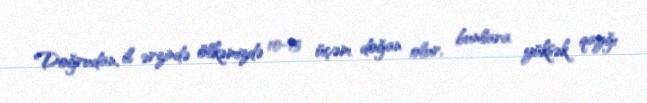
Doğrudan, il ərzində ölkəmizdə 10-15 üçəm doğan olur, bunlara yüksək qayğı